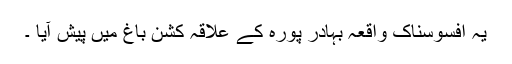
یہ افسوسناک واقعہ بہادر پورہ کے علاقہ کشن باغ میں پیش آیا ۔